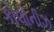
કોલોનીઝ